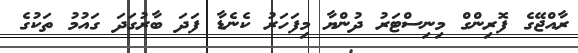
ރާއްޖޭގެ ފޮރިންގް މިނިސްޓަރު ދުންޔާ މިފަހަރު ކެނެޑާ ފަދަ ބާރުގަދަ ގައުމު ތަކުގެ